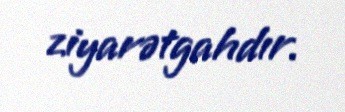
ziyarətgahdır.